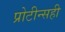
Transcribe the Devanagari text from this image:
प्रोटीन्सही